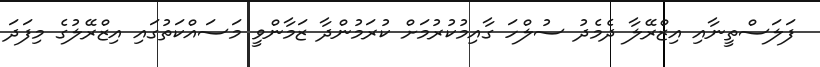
ފަލަސްތީނާއި އިޒްރޭލާ ދެމެދު ސުލްހަ ގާއިމުކުރުމަށް ކުރަމުންދާ ޒަމާންވީ މަސައްކަތުގައި އިޒްރޭލުގެ މިފަދަ